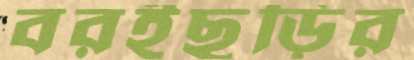
বরইছড়ির